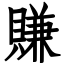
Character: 賺